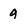
Character: 9